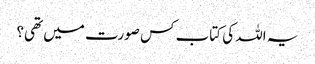
یہ اللہ کی کتاب کس صورت میں تھی؟